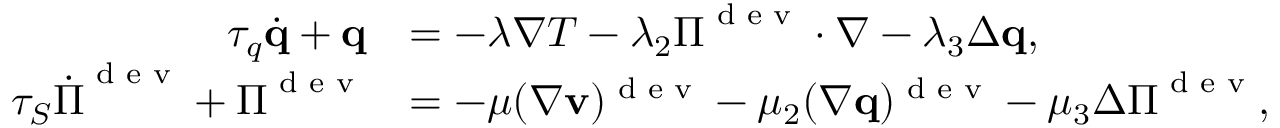
\begin{array} { r l } { \tau _ { q } \dot { \mathbf q } + \mathbf q } & { = - \lambda \nabla T - \lambda _ { 2 } \boldsymbol \Pi ^ { \textrm { d e v } } \cdot \nabla - \lambda _ { 3 } \Delta \mathbf q , } \\ { \tau _ { S } \dot { \boldsymbol \Pi } ^ { \textrm { d e v } } + \boldsymbol \Pi ^ { \textrm { d e v } } } & { = - \mu ( \nabla \mathbf v ) ^ { \textrm { d e v } } - \mu _ { 2 } ( \nabla \mathbf q ) ^ { \textrm { d e v } } - \mu _ { 3 } \Delta \boldsymbol \Pi ^ { \textrm { d e v } } , } \end{array}